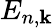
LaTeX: E_{n,\mathbf{k}}